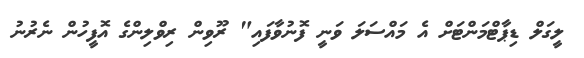
ލީގަލް ޑިޕާޓްމަންޓަށް އެ މައްސަލަ ވަނީ ފޮނުވާފައި" ރޫވިން ރިވްލިންގެ އޮފީހުން ނެރުނު